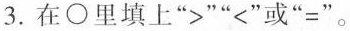
3.在\bigcirc里填上“>”“<”或“=”。